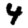
Digit: 4